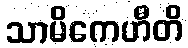
သာမိကေဟီတိ